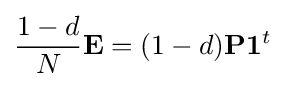
{\frac {1-d}{N}}\mathbf {E} =(1-d)\mathbf {P} \mathbf {1} ^{t}